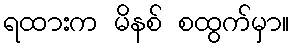
ရထားက မိနစ် စထွက်မှာ။